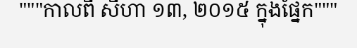
"""កាលពី សីហា ១៣, ២០១៥ ក្នុងផ្នែក"""